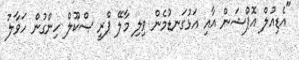
"އެޑިއުލް އޮޕްޝަން އާއި އަޅުގަނޑުމެން ވިލި މާލޭ ޕްރީ ސްކޫލް ހިންގުން ހަވާލު